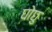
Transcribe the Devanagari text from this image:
घोछु